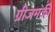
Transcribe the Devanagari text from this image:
ग्रीजमंकी